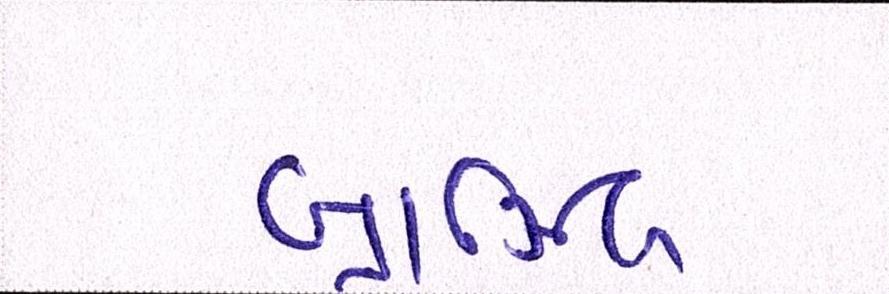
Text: બ્રાઝિલ